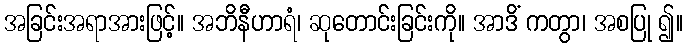
အခြင်းအရာအားဖြင့်။ အဘိနီဟာရံ၊ ဆုတောင်းခြင်းကို။ အာဒိံ ကတွာ၊ အစပြု ၍။